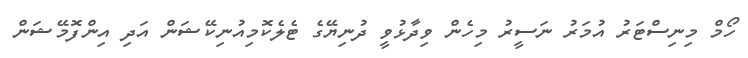
ހޯމް މިނިސްޓަރު އުމަރު ނަސީރު މިހެން ވިދާޅުވީ ދުނިޔޭގެ ޓެލެކޮމިއުނިކޭޝަން އަދި އިންފޮމޭޝަން